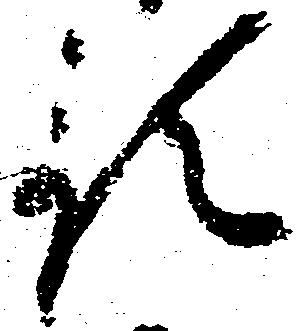
預